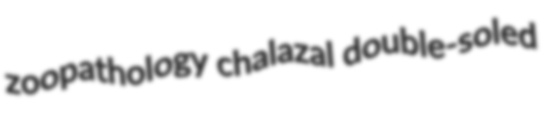
zoopathology chalazal double-soled